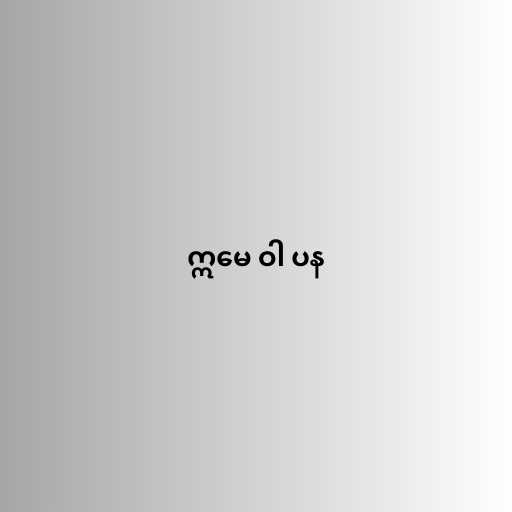
ဣမေ ဝါ ပန